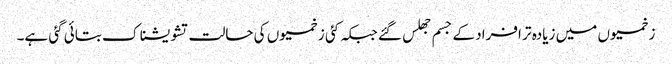
زخمیوں میں زیادہ تر افراد کے جسم جھلس گئے جبکہ کئی زخمیوں کی حالت تشویشناک بتائی گئی ہے۔